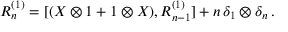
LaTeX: R _ { n } ^ { ( 1 ) } = [ ( X \otimes 1 + 1 \otimes X ) , R _ { n - 1 } ^ { ( 1 ) } ] + n \, \delta _ { 1 } \otimes \delta _ { n } \, .